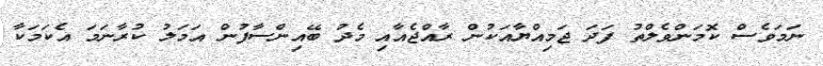
ނަމަވެސް ކޮމަންވެލްތު ފަދަ ޖަމިއްޔާއަކުން ރާއްޖެއާއި މެދު ބޭއިންސާފުން އަމަލު ކުރާނަމަ އެކަމަކާ